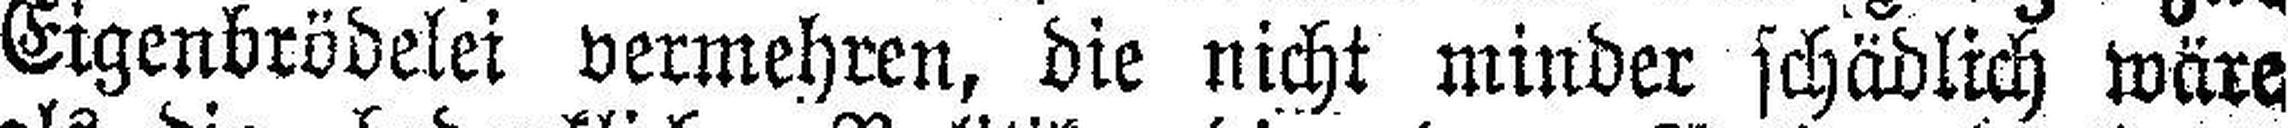
Eigenbrödelei vermehren, die nicht minder schädlich wäre